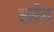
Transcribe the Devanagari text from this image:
छांद